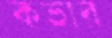
কভার